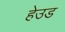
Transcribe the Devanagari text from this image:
हेउड